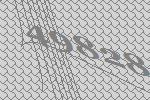
49828